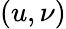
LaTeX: (u,\nu)